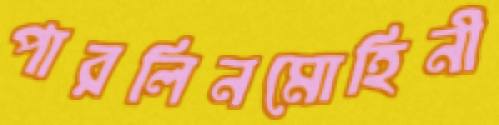
পারলিনমোহিনী